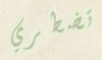
تضطري